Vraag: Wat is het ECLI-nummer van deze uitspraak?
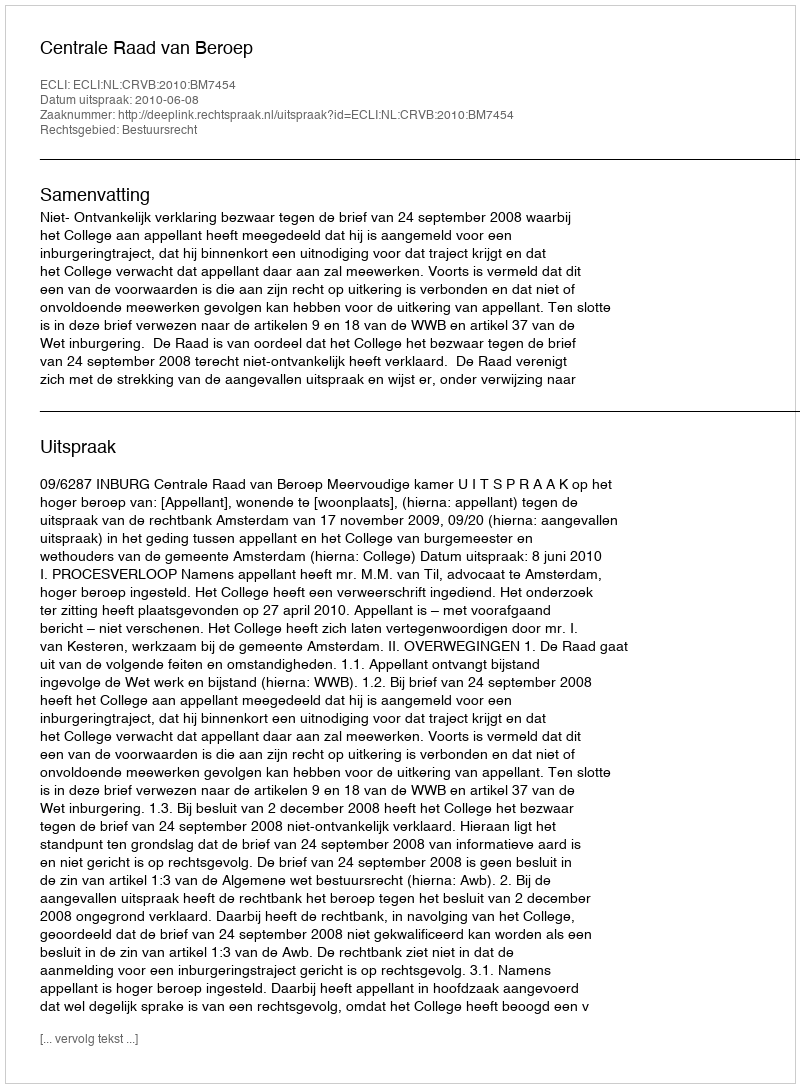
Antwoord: ECLI:NL:CRVB:2010:BM7454